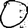
Digit: 0